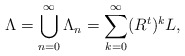
\begin{align*}\Lambda =\bigcup_{n=0}^{\infty}\Lambda_n=\sum_{k=0}^{\infty}(R^{t})^{k}L,\end{align*}